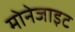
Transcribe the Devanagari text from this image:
मोनेजाइट